Vaccine operations Central Provinces 1868-1885 - 1868-1885
Year: 1868
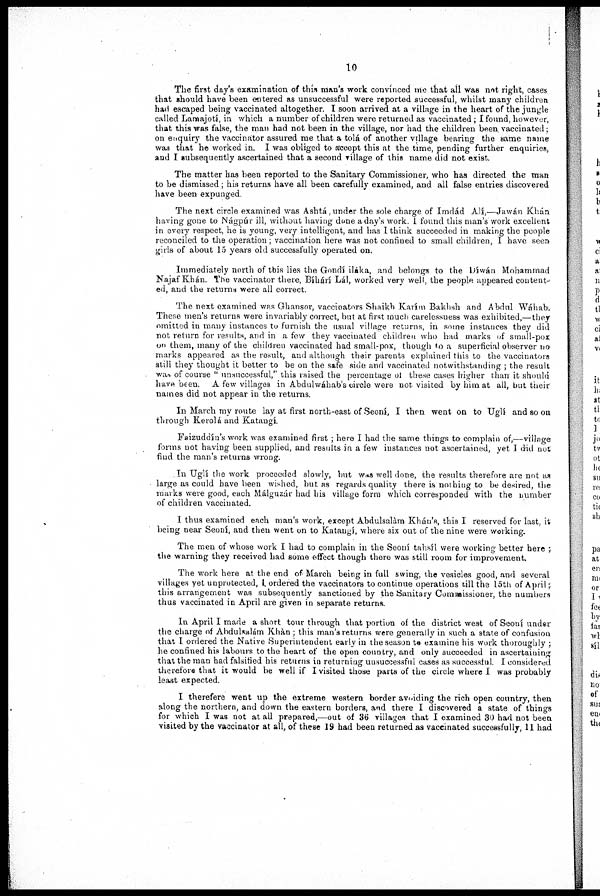
10
The first day's examination of this man's work convinced me that all was not right, cases
that should have been entered as unsuccessful were reported successful, whilst many children
had escaped being vaccinated altogether. I soon arrived at a village in the heart of the jungle
called Lamajotí, in which a number of children were returned as vaccinated ; I found, however
that this was false, the man had not been in the village, nor had the children been vaccinated
on enquiry the vaccinator assured me that a tolá of another village bearing the same name
was that he worked in. I was obliged to accept this at the time, pending further enquiries,
and I subsequently ascertained that a second village of this name did not exist.
The matter has been reported to the Sanitary Commissioner, who has directed the man
to be dismissed; his returns have all been carefully examined, and all false entries discovered
have been expunged
The next circle examined was Ashtá, under the sole charge of Imdád Alí,—Jawán Khan
having gone to Nágpúr ill, without having done a day's work. 1 found this man's work excellent
in every respect, he is young, very intelligent, and has I think succeeded in making the people
reconciled to the operation; vaccination here was not confined to small children, I have seen
girls of about 15 years old successfully operated on.
Immediately north of this lies the Gondí iláka, and belongs to the Díwán Mohammad
Najaf Khán. The vaccinator there, Bíháií Lál, worked very well, the people appeared content
ed, and the returns were all correct.
The next examined was Ghansor, vaccinators Shaikh Karím Bakhsh and Abdul Wáhab.
These men's returns were invariably correct, but at first much carelessuess was exhibited,—they
omitted in many instances to furnish the usual village returns, in some instances they did
not return for results, and in a few they vaccinated children who had marks of small-pox
on them, many of the children vaccinated had small-pox, though to a superficial observer no
marks appeared as the result, and although their parents explained this to the vaccinators
still they thought it better to be on the safe side and vaccinated notwithstanding ; the result
was of course " unsuccessful," this raised the percentage of these cases higher than it should
have been. A few villages in Abdulwáhab's circle were not visited by him at all, but their
names did not appear in the returns
In March my route lay at first north-east of Seoní, I then went on to Uglí and so on
through Keiolá and Kataugí.
Faizuddín's work was examined first , here I had the same things to complain of,—village
forms not having been supplied, and results in a few instauces not ascertained, yet I did not
find the man's returns wrong.
In Uglí the work proceeded slowly, but was well done, the results therefore are not as
large as could have been wished, but as regards quality there is nothing to be desired, the
maiks were good, each Málguzár had his village form which corresponded with the number
of children vaccinated.
I thus examined each man's work, except Abdulsalàm Khan's, this I reserved for last, it
being near Seoní, and then went on to Katangí, where six out of the nine were working.
The men of whose work I had to complain in the Seoní tahsíl were working better here ;
the warning they received had some effect though there was still room for improvement.
The work here at the end of March being in full swing, the vesicles good, and several
villages yet unprotected, I. ordered the vaccinators to continue operations till the 15th of April;
this arrangement was subsequently sanctioned by the Sanitary Commissioner, the numbers
thus vaccinated in April are given in separate returns.
In April I made a short tour through that portion of the district west of Seoní under
the charge of Abduhalám Khàn ; this man's returns were generally in such a state of confusion
that I ordered the Native Superintendent early in the season to examine his work thoroughly;
he confined his labours to the heart of the open country, and only succeeded in ascertaining
that the man had falsified his returns in returning unsuccessful cases as successful I considered
therefore that it would be well if I visited those parts of the circle where I was probably
least expected.
I therefere went up the extreme western border avoiding the rich open country, then
along the northern, and down the eastern borders, and there I discovered a state of things
for which I was not at all prepared,—out of 36 villages that I examined 30 had not been
visited by the vaccinator at all, of these 19 had been returned as vaccinated successfully, 11had